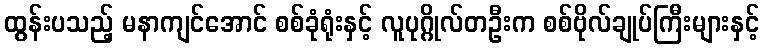
ထွန်းပသည့် မနာကျင်အောင် စစ်ခုံရုံးနှင့် လူပုဂ္ဂိုလ်တဦးက စစ်ဗိုလ်ချုပ်ကြီးများနှင့်